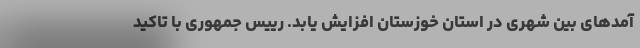
آمدهای بین شهری در استان خوزستان افزایش یابد. رییس جمهوری با تاکید